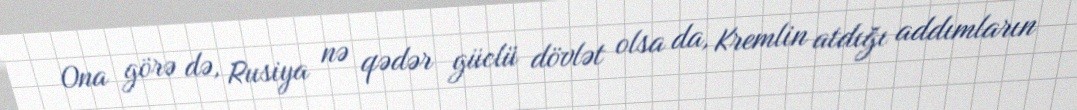
Ona görə də, Rusiya nə qədər güclü dövlət olsa da, Kremlin atdığı addımların